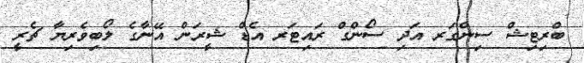
ބްރިޓިޝް ސިންގަރ އަދި ސޯންގް ރައިޓަރ އެޑް ޝީރަން އޭނާގެ ލޯބިވެރިޔާ ޗެރީ